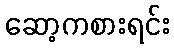
ဆော့ကစားရင်း